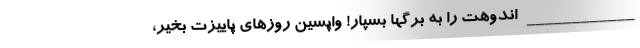
____________ اندوهت را به برگها بسپار! واپسین روزهای پاییزت بخیر،